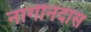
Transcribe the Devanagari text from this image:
नागीनदास